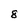
Character: 8